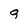
Character: q